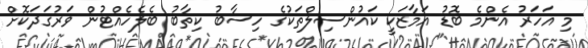
މި އަހަރު އެންމެ ބޮޑު އަމާޒަކީ ކައުންސިލްތަކުގެ ހިސާބު ކިތާބު ބެލެހެއްޓުން ވަރުގަދަކޮށް